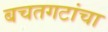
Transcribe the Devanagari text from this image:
बचतगटांचा